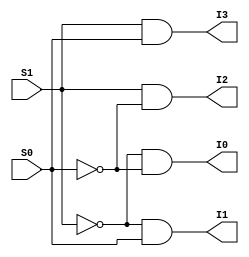
module two_four_decoder (S0,S1,I0,I1,I2,I3);

   input S0,S1;
   output I0,I1,I2,I3;

   assign I0 = ~S1 & ~S0;
   assign I1 = ~S1 & S0;
   assign I2 = S1 & ~S0;
   assign I3 = S1 & S0;

endmodule